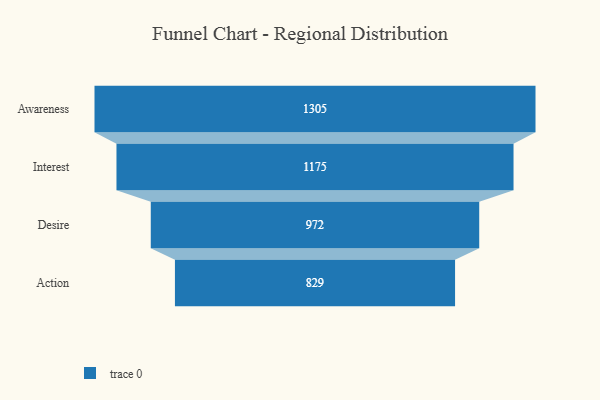
{"axis": {"x": "Stage", "y": "Value"}, "legend": [""], "data": [{"x": "Awareness", "y": 1305.0, "type": ""}, {"x": "Interest", "y": 1175.0, "type": ""}, {"x": "Desire", "y": 972.0, "type": ""}, {"x": "Action", "y": 829.0, "type": ""}]}